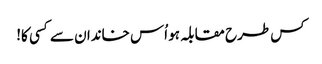
کس طرح مقابلہ ہو اُس خاندان سے کسی کا!